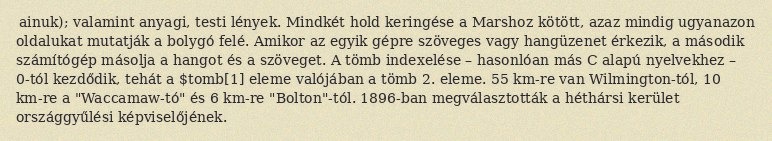
ainuk); valamint anyagi, testi lények. Mindkét hold keringése a Marshoz kötött, azaz mindig ugyanazon oldalukat mutatják a bolygó felé. Amikor az egyik gépre szöveges vagy hangüzenet érkezik, a második számítógép másolja a hangot és a szöveget. A tömb indexelése – hasonlóan más C alapú nyelvekhez – 0-tól kezdődik, tehát a $tomb[1] eleme valójában a tömb 2. eleme. 55 km-re van Wilmington-tól, 10 km-re a "Waccamaw-tó" és 6 km-re "Bolton"-tól. 1896-ban megválasztották a héthársi kerület országgyűlési képviselőjének.